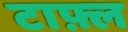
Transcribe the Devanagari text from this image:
टाफ़्ल